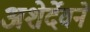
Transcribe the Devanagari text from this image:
अशेर्देवने